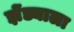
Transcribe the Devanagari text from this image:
झेंड्याला